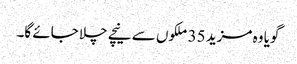
گویا وہ مزید 35 ملکوں سے نیچے چلا جائے گا۔